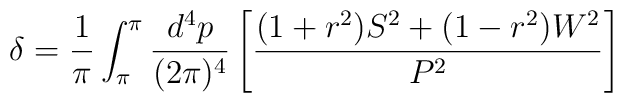
\delta=\frac{1}{\pi}\int_{\pi}^{\pi}\frac{d^4p}{(2\pi)^4}\left[\frac{(1+r^2)S^2+(1-r^2)W^2}{P^2}\right]